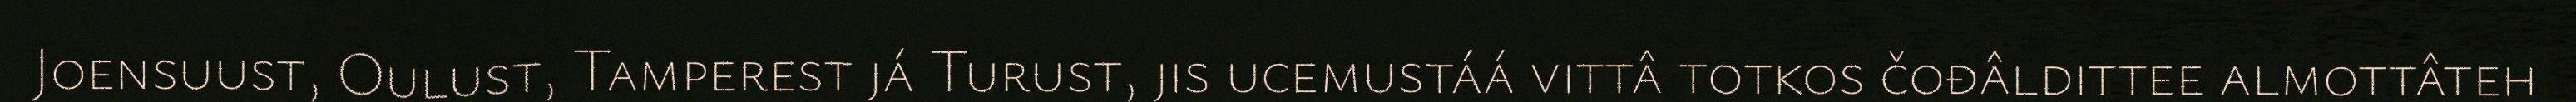
Joensuust, Oulust, Tamperest já Turust, jis ucemustáá vittâ totkos čođâldittee almottâteh